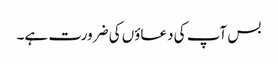
بس آپ کی دعاؤں کی ضرورت ہے۔